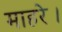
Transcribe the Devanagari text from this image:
माहरे।